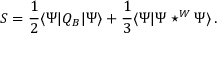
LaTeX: S = { \frac { 1 } { 2 } } \langle \Psi | Q _ { B } | \Psi \rangle + { \frac { 1 } { 3 } } \langle \Psi | \Psi \star ^ { W } \Psi \rangle \, .